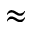
\approx